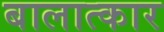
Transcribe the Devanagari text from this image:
बालात्कार